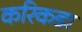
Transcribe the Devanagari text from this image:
करिकडा